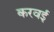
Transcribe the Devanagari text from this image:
करवई